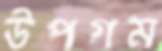
উপগম